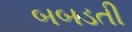
બબડતી